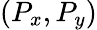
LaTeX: (P_{x},P_{y})